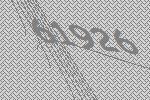
61926